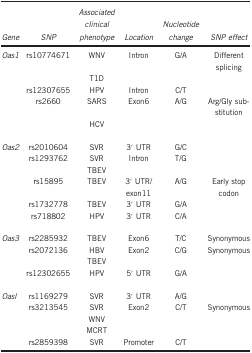
<table><thead><tr><td><b><i>Gene</i></b></td><td><b><i>SNP</i></b></td><td><b><i>Associated clinical phenotype</i></b></td><td><b><i>Location</i></b></td><td><b><i>Nucleotide change</i></b></td><td><b><i>SNP effect</i></b></td></tr></thead><tbody><tr><td><i>Oas1</i></td><td>rs10774671</td><td>WNV</td><td>Intron</td><td>G/A</td><td>Different splicing</td></tr><tr><td> </td><td> </td><td>T1D</td><td> </td><td> </td><td> </td></tr><tr><td> </td><td>rs12307655</td><td>HPV</td><td>Intron</td><td>C/T</td><td> </td></tr><tr><td> </td><td>rs2660</td><td>SARS</td><td>Exon6</td><td>A/G</td><td>Arg/Gly substitution</td></tr><tr><td> </td><td> </td><td>HCV</td><td> </td><td> </td><td> </td></tr><tr><td> </td><td> </td><td> </td><td> </td><td> </td><td> </td></tr><tr><td><i>Oas2</i></td><td>rs2010604</td><td>SVR</td><td>3′ UTR</td><td>G/C</td><td> </td></tr><tr><td> </td><td>rs1293762</td><td>SVR</td><td>Intron</td><td>T/G</td><td> </td></tr><tr><td> </td><td> </td><td>TBEV</td><td> </td><td> </td><td> </td></tr><tr><td> </td><td>rs15895</td><td>TBEV</td><td>3′ UTR/exon11</td><td>A/G</td><td>Early stop codon</td></tr><tr><td> </td><td>rs1732778</td><td>TBEV</td><td>3′ UTR</td><td>G/A</td><td> </td></tr><tr><td> </td><td>rs718802</td><td>HPV</td><td>3′ UTR</td><td>C/A</td><td> </td></tr><tr><td> </td><td> </td><td> </td><td> </td><td> </td><td> </td></tr><tr><td><i>Oas3</i></td><td>rs2285932</td><td>TBEV</td><td>Exon6</td><td>T/C</td><td>Synonymous</td></tr><tr><td> </td><td>rs2072136</td><td>HBV</td><td>Exon2</td><td>C/G</td><td>Synonymous</td></tr><tr><td> </td><td> </td><td>TBEV</td><td> </td><td> </td><td> </td></tr><tr><td> </td><td>rs12302655</td><td>HPV</td><td>5′ UTR</td><td>G/A</td><td> </td></tr><tr><td> </td><td> </td><td> </td><td> </td><td> </td><td> </td></tr><tr><td><i>Oasl</i></td><td>rs1169279</td><td>SVR</td><td>3′ UTR</td><td>A/G</td><td> </td></tr><tr><td> </td><td>rs3213545</td><td>SVR</td><td>Exon2</td><td>C/T</td><td>Synonymous</td></tr><tr><td> </td><td> </td><td>WNV</td><td> </td><td> </td><td> </td></tr><tr><td> </td><td> </td><td>MCRT</td><td> </td><td> </td><td> </td></tr><tr><td> </td><td>rs2859398</td><td>SVR</td><td>Promoter</td><td>C/T</td><td> </td></tr></tbody></table>